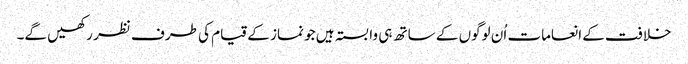
خلافت کے انعامات اُن لوگوں کے ساتھ ہی وابستہ ہیں جو نماز کے قیام کی طرف نظر رکھیں گے۔